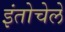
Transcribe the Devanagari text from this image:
इंतोचेले